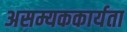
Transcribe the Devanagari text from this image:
असम्यककार्यता